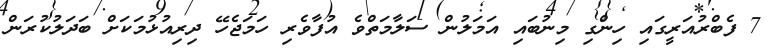
7 ފެބްރުއަރީގައި ހިންގި މިނުބައި އަމަލުން ސަލާމަތްވެ އުފާވެރި ހަމަޖެހޭ ދިރިއުޅުމަކަށް ބަދަލުކުރަން